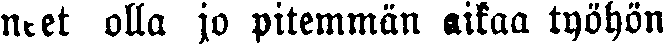
neet olla jo pitemmän aikaa työhön